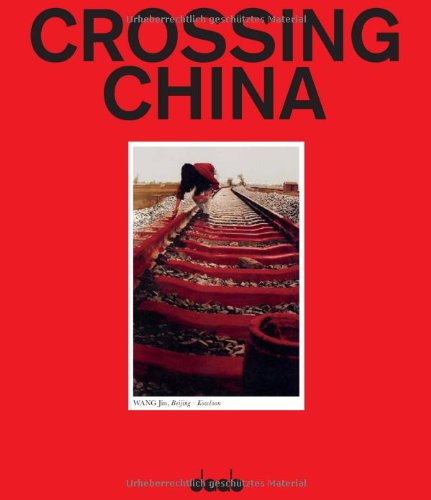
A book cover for Crossing China: Land of the Rising Art Scene; Arts & Photography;